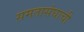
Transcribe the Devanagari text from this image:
समतासंघाची